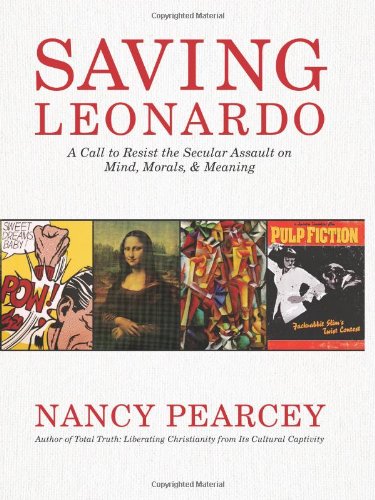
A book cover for Saving Leonardo: A Call to Resist the Secular Assault on Mind, Morals, and Meaning; Nancy Pearcey; Christian Books & Bibles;